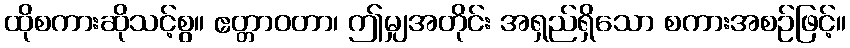
ထိုစကားဆိုသင့်စွ။ ဧတ္တာဝတာ၊ ဤမျှအတိုင်း အရှည်ရှိသော စကားအစဉ်ဖြင့်။